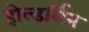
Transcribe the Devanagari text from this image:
होल्डर्लिन